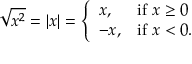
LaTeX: { \sqrt { x ^ { 2 } } } = \left| x \right| = { \left\{ \begin{array} { l l } { x , } & { { \mathrm { i f ~ } } x \geq 0 } \\ { - x , } & { { \mathrm { i f ~ } } x < 0 . } \end{array} \right. }